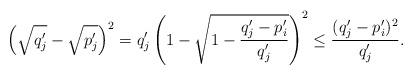
LaTeX: \begin{align*}\left( \sqrt{q'_j} - \sqrt{p'_j}\right)^2 = q'_j\left( 1 - \sqrt{1 - \frac{q'_j - p'_i}{q'_j}}\right)^2 \leq \frac{(q'_j - p'_i)^2}{q'_j}.\end{align*}